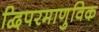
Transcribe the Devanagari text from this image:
द्विपरमाणुविक